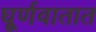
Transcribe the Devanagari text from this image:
घूर्णवातात